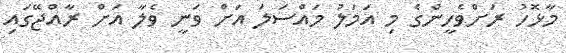
މާޅޮހު ރަށްވެހީންގެ މި އަމަލު މައްސަލަ އަށް ވަނީ ވެލާ އަށް ރާއްޖޭގައި